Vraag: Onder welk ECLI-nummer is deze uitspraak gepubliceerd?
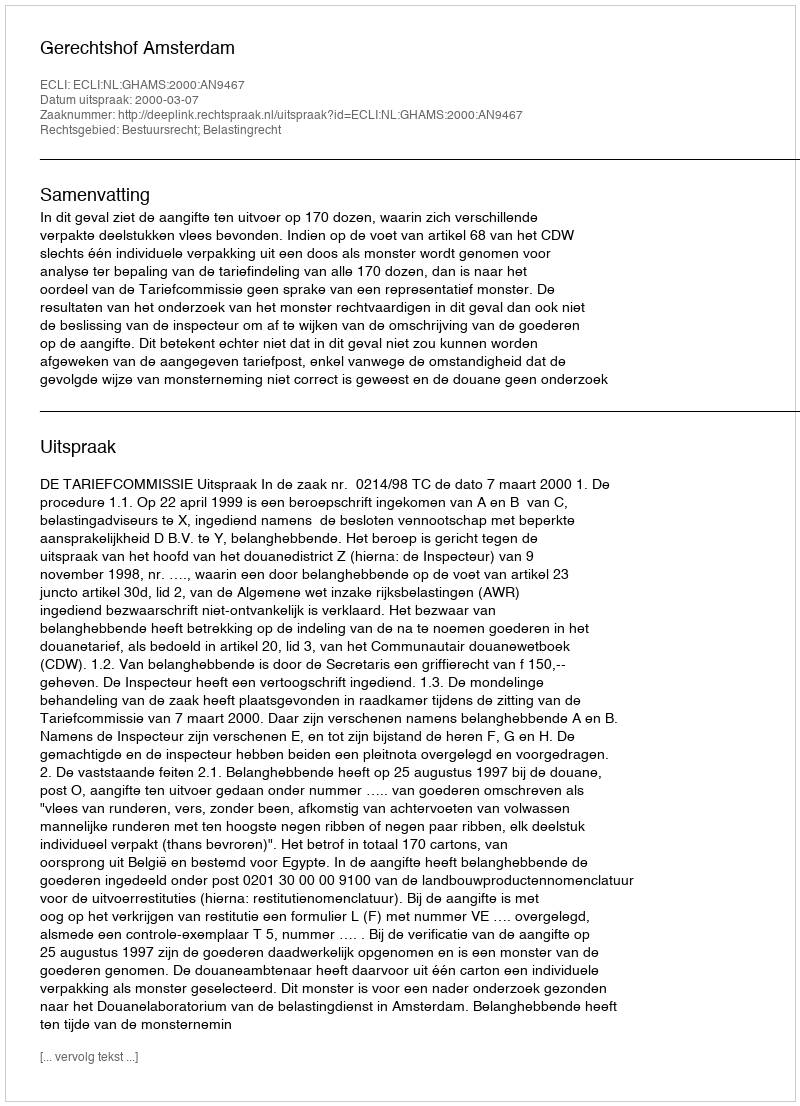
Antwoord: ECLI:NL:GHAMS:2000:AN9467